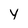
Character: y